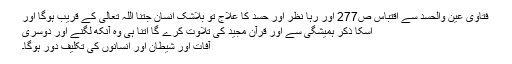
فتاوی عین والحسد سے اقتباس ص277 اور رہا نظر اور حسد کا علاج تو بلاشک انسان جتنا اللہ تعالی کے قریب ہوگا اور
اسکا ذکر ہمیشگی سے اور قرآن مجید کی تلاوت کرے گا اتنا ہی وہ آنکھ لگنے اور دوسری
آفات اور شیطان اور انسانوں کی تکلیف دور ہوگا۔